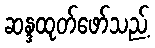
ဆန္ဒထုတ်ဖော်သည့်